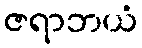
ဇရာဘယံ